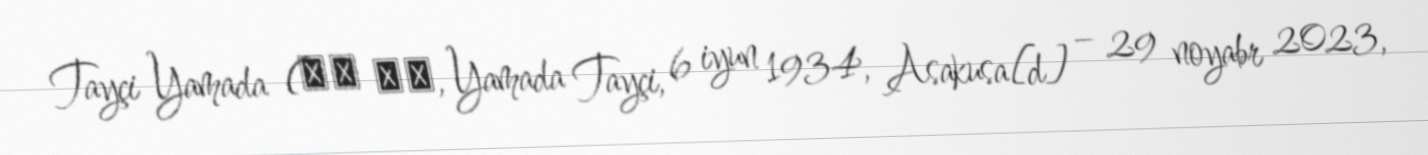
Tayçi Yamada (山田 太一, Yamada Tayçi, 6 iyun 1934, Asakusa[d] – 29 noyabr 2023,